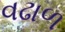
વઢાળ